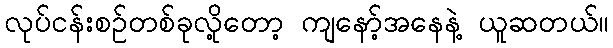
လုပ်ငန်းစဉ်တစ်ခုလို့တော့ ကျနော့်အနေနဲ့ ယူဆတယ်။